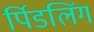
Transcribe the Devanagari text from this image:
र्पिडलिंग